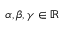
\alpha , \beta , \gamma \in \mathbb { R }